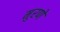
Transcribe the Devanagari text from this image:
मुरणे